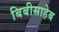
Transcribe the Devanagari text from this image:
बिबीसाहेब